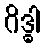
ဂိဒ္ဓါ